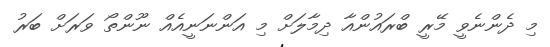
މި ދެންނެވީ މޭރީ ބްރައުންއާ ދިމާލަށް މި އަންނަނީއެއް ނޫންތޯ ވަރަށް ބަރު